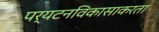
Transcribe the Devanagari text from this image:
पर्यटनविकासाकरता